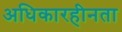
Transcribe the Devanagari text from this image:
अधिकारहीनता